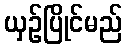
ယှဉ်ပြိုင်မည်